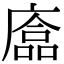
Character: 𢊴